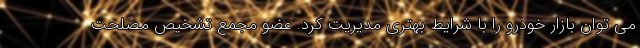
می توان بازار خودرو را با شرایط بهتری مدیریت کرد. عضو مجمع تشخیص مصلحت